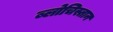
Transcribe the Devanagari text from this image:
ब्लोचिस्तान